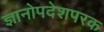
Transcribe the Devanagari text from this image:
ज्ञानोपदेशपरक